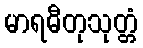
မာရဓီတုသုတ္တံ